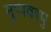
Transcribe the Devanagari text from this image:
मुप्पवरपु